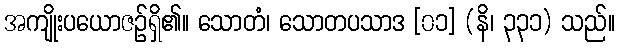
အကျိုးပယောဇဉ်ရှိ၏။ သောတံ၊ သောတပသာဒ [၀၁] (နိ၊ ၃၃၁) သည်။